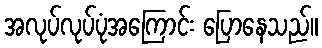
အလုပ်လုပ်ပုံအကြောင်း ပြောနေသည်။